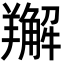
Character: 𦏘